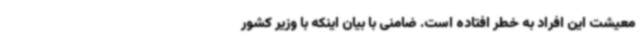
معیشت این افراد به خطر افتاده است. ضامنی با بیان اینکه با وزیر کشور